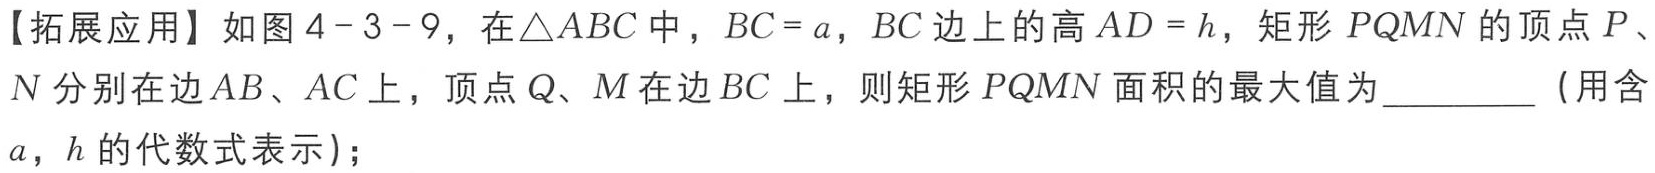
【拓展应用】如图4 - 3 - 9，在\(\triangle ABC\)中，\(BC = a\)，\(BC\)边上的高\(AD = h\)，矩形\(PQMN\)的顶点\(P\)、\(N\)分别在边\(AB\)、\(AC\)上，顶点\(Q\)、\(M\)在边\(BC\)上，则矩形\(PQMN\)面积的最大值为_________（用含\(a\)，\(h\)的代数式表示）；